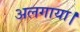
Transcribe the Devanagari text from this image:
अलगाया।